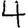
Digit: 4